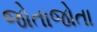
જોતાજોતા